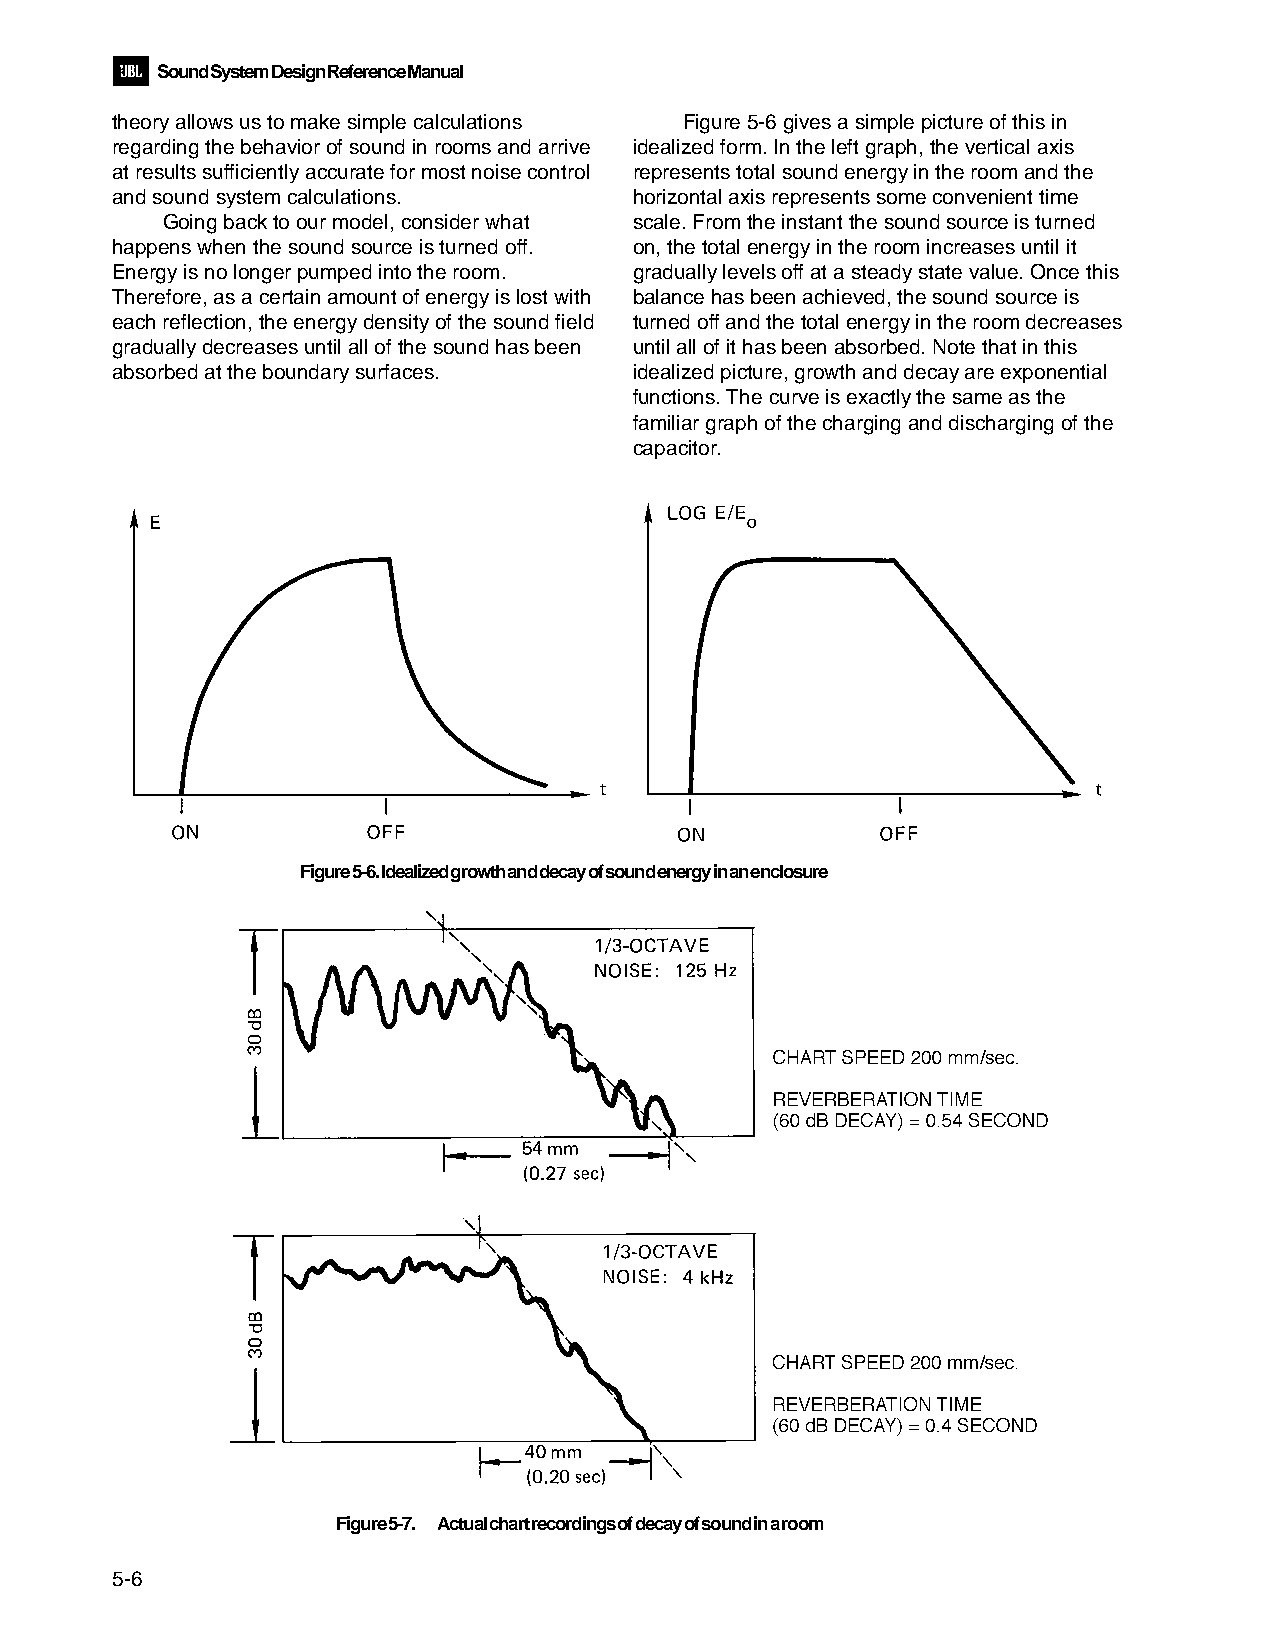
Sound System Design Reference Manual
 theory allows us to make simple calculations Figure 5-6 gives a simple picture of this in
 regarding the behavior of sound in rooms and arrive idealized form. In the left graph, the vertical axis
 at results sufficiently accurate for most noise control represents total sound energy in the room and the
 and sound system calculations.     horizontal axis represents some convenient time
 Going back to our model, consider what scale. From the instant the sound source is turned
 happens when the sound source is turned off. on, the total energy in the room increases until it
 Energy is no longer pumped into the room. gradually levels off at a steady state value. Once this
 Therefore, as a certain amount of energy is lost with balance has been achieved, the sound source is
 each reflection, the energy density of the sound field turned off and the total energy in the room decreases
 gradually decreases until all of the sound has been until all of it has been absorbed. Note that in this
 absorbed at the boundary surfaces. idealized picture, growth and decay are exponential
 functions. The curve is exactly the same as the
 familiar graph of the charging and discharging of the
 capacitor.
 Figure 5-6. Idealized growth and decay of sound energy in an enclosure
 Figure 5-7. Actual chart recordings of decay of sound in a room
 5-6